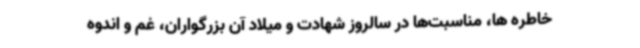
خاطره ها، مناسبت‌ها در سالروز شهادت و میلاد آن بزرگواران، غم و اندوه